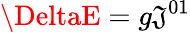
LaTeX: \DeltaE=g\mathfrak{J}^{01}